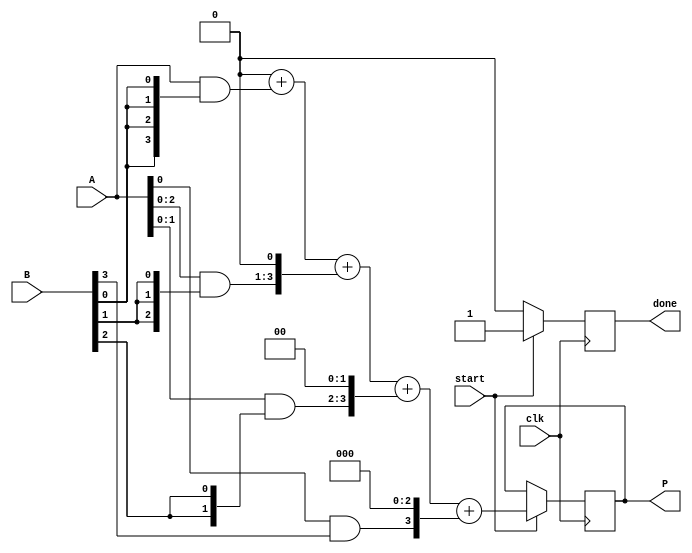
module array_multiplier #(parameter N = 4) (
    input [N-1:0] A,        // N-bit input A
    input [N-1:0] B,        // N-bit input B
    input start,            // Control signal to start multiplication
    input clk,              // Clock signal
    output reg [2*N-1:0] P, // 2N-bit output product
    output reg done         // Signal to indicate multiplication is done
);

    reg [N-1:0] partial_products[N-1:0]; // Array to hold partial products
    reg [2*N-1:0] sum;                    // Sum of partial products
    integer i, j;

    always @(posedge clk) begin
        if (start) begin
            // Generate partial products
            for (i = 0; i < N; i = i + 1) begin
                partial_products[i] = A & {N{B[i]}}; // AND operation
                // Shift left by i positions
                partial_products[i] = partial_products[i] << i;
            end
            
            // Initialize sum
            sum = 0;
            // Sum the partial products
            for (j = 0; j < N; j = j + 1) begin
                sum = sum + partial_products[j];
            end
            
            // Assign the final product
            P <= sum;
            done <= 1; // Indicate that multiplication is done
        end else begin
            done <= 0; // Reset done signal when not starting
        end
    end

endmodule